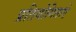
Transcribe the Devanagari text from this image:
प्रतियोगिताऐ